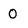
Character: O